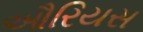
ઔરિયસ